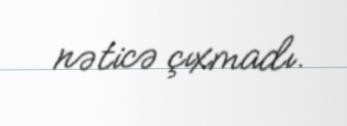
nəticə çıxmadı.